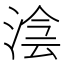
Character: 𣸊